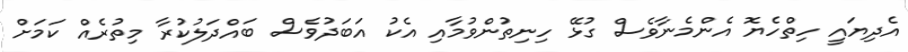
އެދިޔައީ ހިތްހެޔޮ އެންމެނާވެސް ގުޅޭ ހިނިތުންވުމާއި އެކު އަބަދުވެސް ބައްދަލުކުރާ މިތުރެއް ކަމަށް